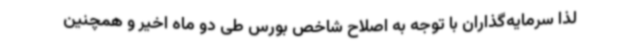
لذا سرمایه‌گذاران با توجه به اصلاح شاخص بورس طی دو ماه اخیر و همچنین